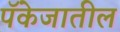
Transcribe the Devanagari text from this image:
पॅकेजातील